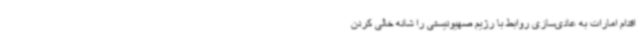
اقدام امارات به عادی‌سازی روابط با رژیم صهیونیستی را شانه خالی کردن